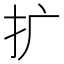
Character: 扩